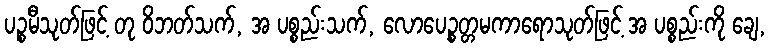
ပဉ္စမီသုတ်ဖြင့် တု ဝိဘတ်သက်, အ ပစ္စည်းသက်, လောပေဉ္စတ္တမကာရောသုတ်ဖြင့် အ ပစ္စည်းကို ချေ,